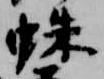
蛛